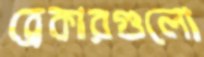
ব্রেকারগুলো